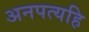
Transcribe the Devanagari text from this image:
अनपत्यहि